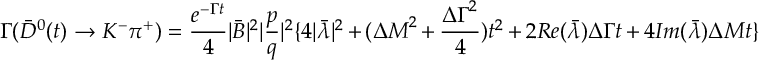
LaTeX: \Gamma ( \bar { D } ^ { 0 } ( t ) \to K ^ { - } \pi ^ { + } ) = { \frac { e ^ { - \Gamma t } } { 4 } } | \bar { B } | ^ { 2 } | { \frac { p } { q } } | ^ { 2 } \{ 4 | \bar { \lambda } | ^ { 2 } + ( { \Delta M } ^ { 2 } + { \frac { { \Delta \Gamma } ^ { 2 } } { 4 } } ) t ^ { 2 } + 2 R e ( \bar { \lambda } ) \Delta \Gamma t + 4 I m ( \bar { \lambda } ) \Delta M t \}